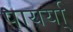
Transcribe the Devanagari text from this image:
पायर्या्